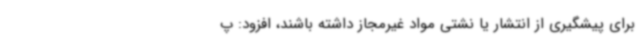
برای پیشگیری از انتشار یا نشتی مواد غیرمجاز داشته باشند، افزود: پ